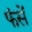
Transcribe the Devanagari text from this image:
फंसें